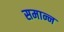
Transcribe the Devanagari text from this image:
समान्न